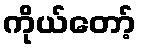
ကိုယ်တော့်